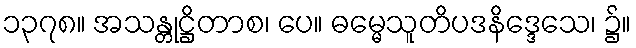
၁၃၇၈။ အသန္တုဋ္ဌိတာစ၊ ပေ။ ဓမ္မေသူတိပဒနိဒ္ဒေသေ၊ ၌။